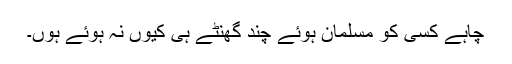
چاہے کسی کو مسلمان ہوئے چند گھنٹے ہی کیوں نہ ہوئے ہوں۔